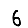
Digit: 6